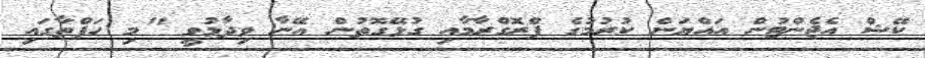
ކޭޝް އެޖެންޓުން އައްޔަން ކުރުމުގެ ޕްރޮގްރާމާއި ގުޅޭގޮތުން އޭނާ ވިދާޅުވީ "މި ހަފްތާގައި